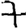
Digit: 7